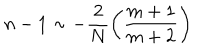
LaTeX: n - 1 \sim - \frac { 2 } { N } \left( \frac { m + 1 } { m + 2 } \right)